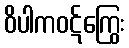
ဝိပါကဝဋ်ကြွေး